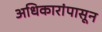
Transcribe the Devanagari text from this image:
अधिकारांपासून